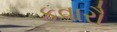
કવારૌ